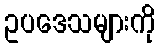
ဥပဒေသများကို